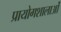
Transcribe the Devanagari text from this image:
प्रायोगशालाओं